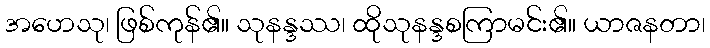
အဟေသု၊ ဖြစ်ကုန်၏။ သုနန္ဒဿ၊ ထိုသုနန္ဒစကြာမင်း၏။ ယာဇနတာ၊